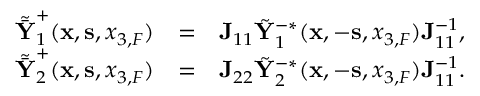
\begin{array} { r l r } { \tilde { \bar { { \bf Y } } } _ { 1 } ^ { + } ( { { \bf x } } , { { \bf s } } , { x _ { 3 , F } } ) } & { = } & { { \bf J } _ { 1 1 } \tilde { \bf Y } _ { 1 } ^ { - * } ( { { \bf x } } , - { { \bf s } } , { x _ { 3 , F } } ) { \bf J } _ { 1 1 } ^ { - 1 } , } \\ { \tilde { \bar { { \bf Y } } } _ { 2 } ^ { + } ( { { \bf x } } , { { \bf s } } , { x _ { 3 , F } } ) } & { = } & { { \bf J } _ { 2 2 } \tilde { \bf Y } _ { 2 } ^ { - * } ( { { \bf x } } , - { { \bf s } } , { x _ { 3 , F } } ) { \bf J } _ { 1 1 } ^ { - 1 } . } \end{array}